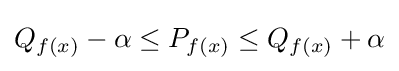
Q_{f(x)}-\alpha \leq P_{f(x)}\leq Q_{f(x)}+\alpha